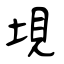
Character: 垷